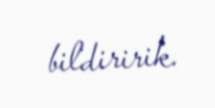
bildiririk.